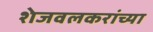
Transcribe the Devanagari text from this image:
शेजवलकरांच्या